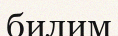
билим